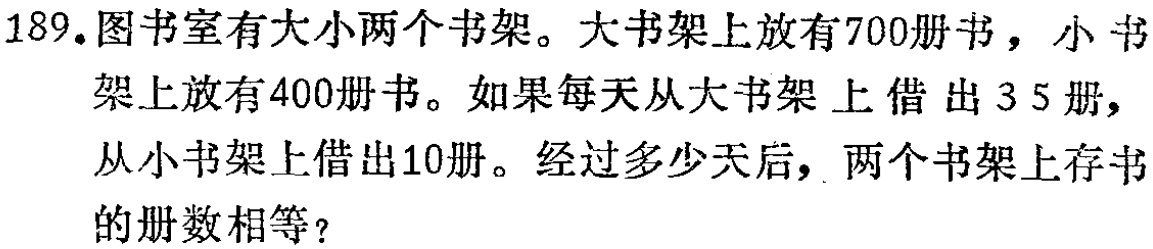
189. 图书室有大小两个书架。大书架上放有700册书，小书架上放有400册书。如果每天从大书架上借出35册，从小书架上借出10册。经过多少天后，两个书架上存书的册数相等？